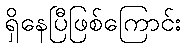
ရှိနေပြီဖြစ်ကြောင်း